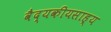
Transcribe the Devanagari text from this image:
वैद्यकीयसाह्य